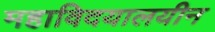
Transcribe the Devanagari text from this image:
महाविदयालयीन